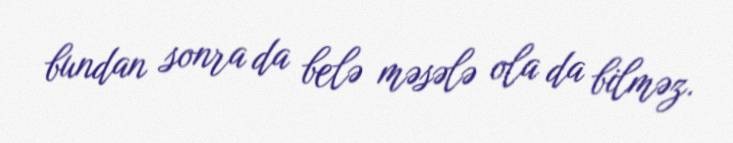
bundan sonra da belə məsələ ola da bilməz.